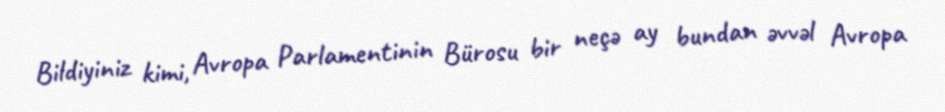
Bildiyiniz kimi, Avropa Parlamentinin Bürosu bir neçə ay bundan əvvəl Avropa